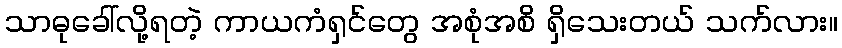
သာဓုခေါ်လို့ရတဲ့ ကာယကံရှင်တွေ အစုံအစိ ရှိသေးတယ် သက်လား။